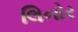
લિનોર